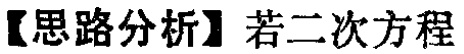
【思路分析】若二次方程